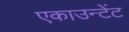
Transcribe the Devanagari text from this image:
एकाउन्टेंट